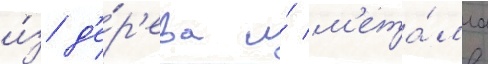
и́з д'е́р'ева и́ м'ета́лла